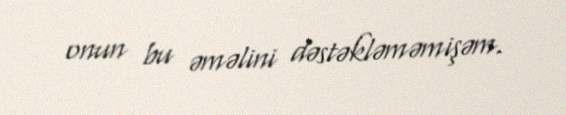
onun bu əməlini dəstəkləməmişəm.